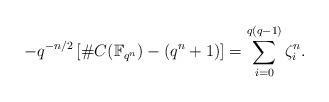
LaTeX: \begin{align*}-q^{-n/2}\left[\#C(\mathbb F_{q^n})-(q^n+1)\right]=\sum_{i=0}^{q(q-1)} \zeta_i^n.\end{align*}